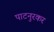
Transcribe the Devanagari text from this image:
पाटनुरकर